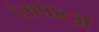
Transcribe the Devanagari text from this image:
५०१४अ